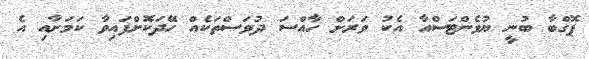
ޕޮގްބާ ބުނީ ޔުވެންޓަސްއާ އެކު ވަރަށް ހާއްސަ ދުވަސްތަކެއް ހޭދަކޮށްފައިވާ ކަމަށާއި އެ